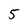
Character: 5